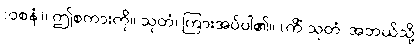
(ဝစနံ)၊ ဤစကားကို။ သုတံ၊ ကြားအပ်ပါ၏။ (ကိံ သုတံ၊ အဘယ်သို့